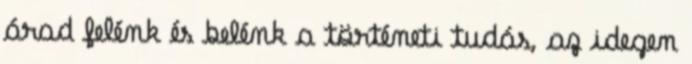
árad felénk és belénk a történeti tudás, az idegen